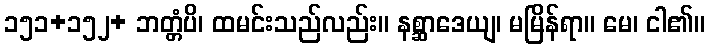
၁၅၁+၁၅၂+ ဘတ္တံပိ၊ ထမင်းသည်လည်း။ နစ္ဆာဒေယျ၊ မမြိန်ရာ။ မေ၊ ငါ၏။